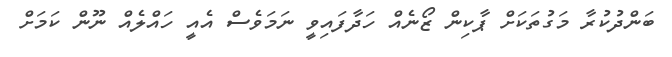
ބަންދުކުރާ މަގުތަކަށް ޕާކިން ޒޯނެއް ހަދާފައިވީ ނަމަވެސް އެއީ ހައްލެއް ނޫން ކަމަށް